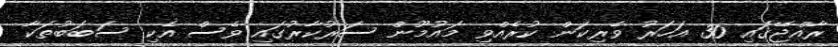
ރާއްޖޭގައި 30 އަހަރު ވެރިކަން ކުރެއްވި މައުމޫން ސަރުކާރުގައި ވެސް އެކި ސަބަބުތަކާ